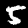
Digit: 5